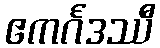
ဧကင်္ဂဒဿီ